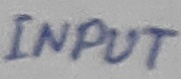
Text: INPUT